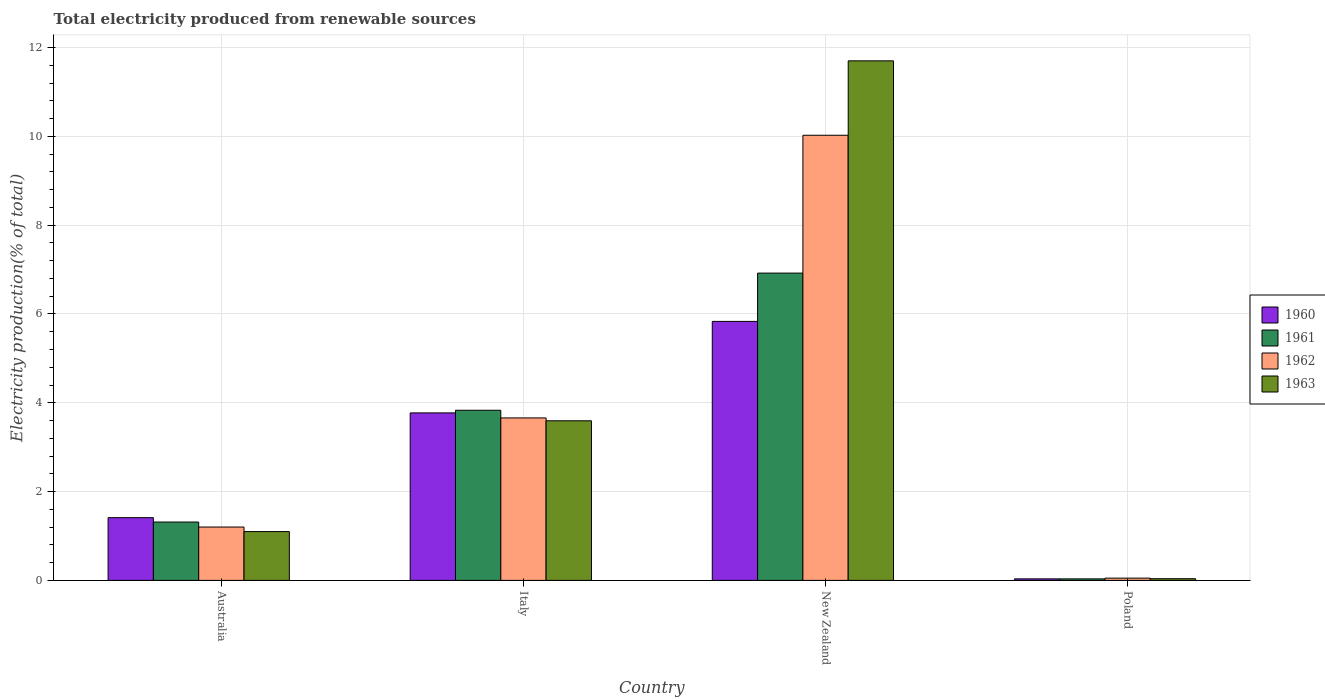
| Country | 1960 | 1961 | 1962 | 1963 |
 | --- | --- | --- | --- | --- |
 | Australia | 1.41 | 1.31 | 1.2 | 1.1 |
 | Italy | 3.77 | 3.83 | 3.66 | 3.59 |
 | New Zealand | 5.83 | 6.92 | 10 | 11.7 |
 | Poland | 0.0342 | 0.0341 | 0.0509 | 0.0379 |